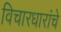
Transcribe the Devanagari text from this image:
विचारधारांचे